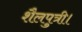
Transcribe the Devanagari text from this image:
शैलपुत्री।